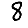
Digit: 8